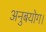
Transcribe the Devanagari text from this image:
अनुबयोग।